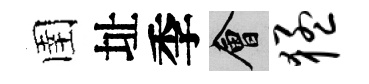
圉址季會猛